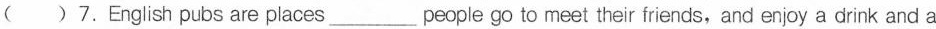
( )7.English pubs are places___people go to meet their friends,and enjoy a drink and a